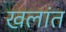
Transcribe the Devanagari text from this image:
खलांत